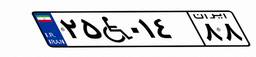
۱۴W۲۲۴۳۸